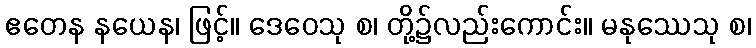
ဧတေန နယေန၊ ဖြင့်။ ဒေဝေသု စ၊ တို့၌လည်းကောင်း။ မနုဿေသု စ၊